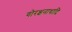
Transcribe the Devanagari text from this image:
गोरक्षनाथादि